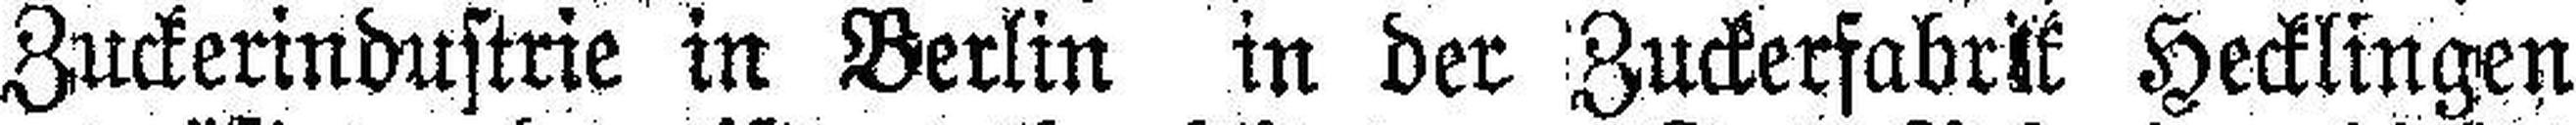
Zuckerindustrie in Berlin in der Zuckerfabrik Hecklingen